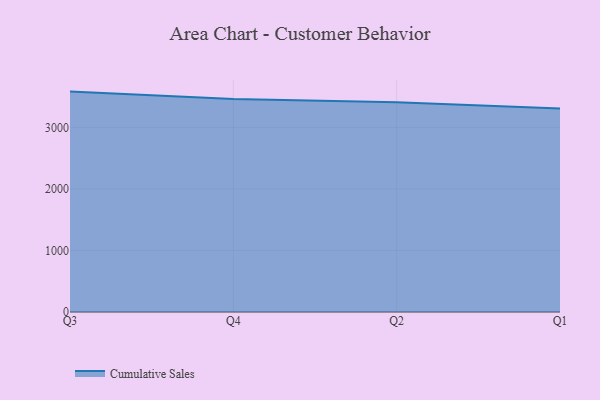
{"axis": {"x": "Quarter", "y": "Net Income (USD K)"}, "legend": ["Cumulative Sales"], "data": [{"x": "Q3", "y": 3582.0, "type": "Cumulative Sales"}, {"x": "Q4", "y": 3462.7, "type": "Cumulative Sales"}, {"x": "Q2", "y": 3410.0, "type": "Cumulative Sales"}, {"x": "Q1", "y": 3306.6, "type": "Cumulative Sales"}]}